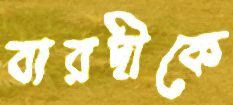
বারদীকে